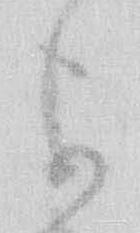
可